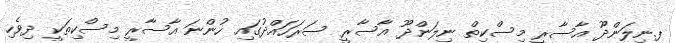
ފ.ނިލަންދޫ އާސާރީ މިސްކިތް ނިލަންދޫ އާސާރީ ސަރަހައްދުގައި ހުންނަ އާސާރީ މިސްކިތަކީ ދިވެހި